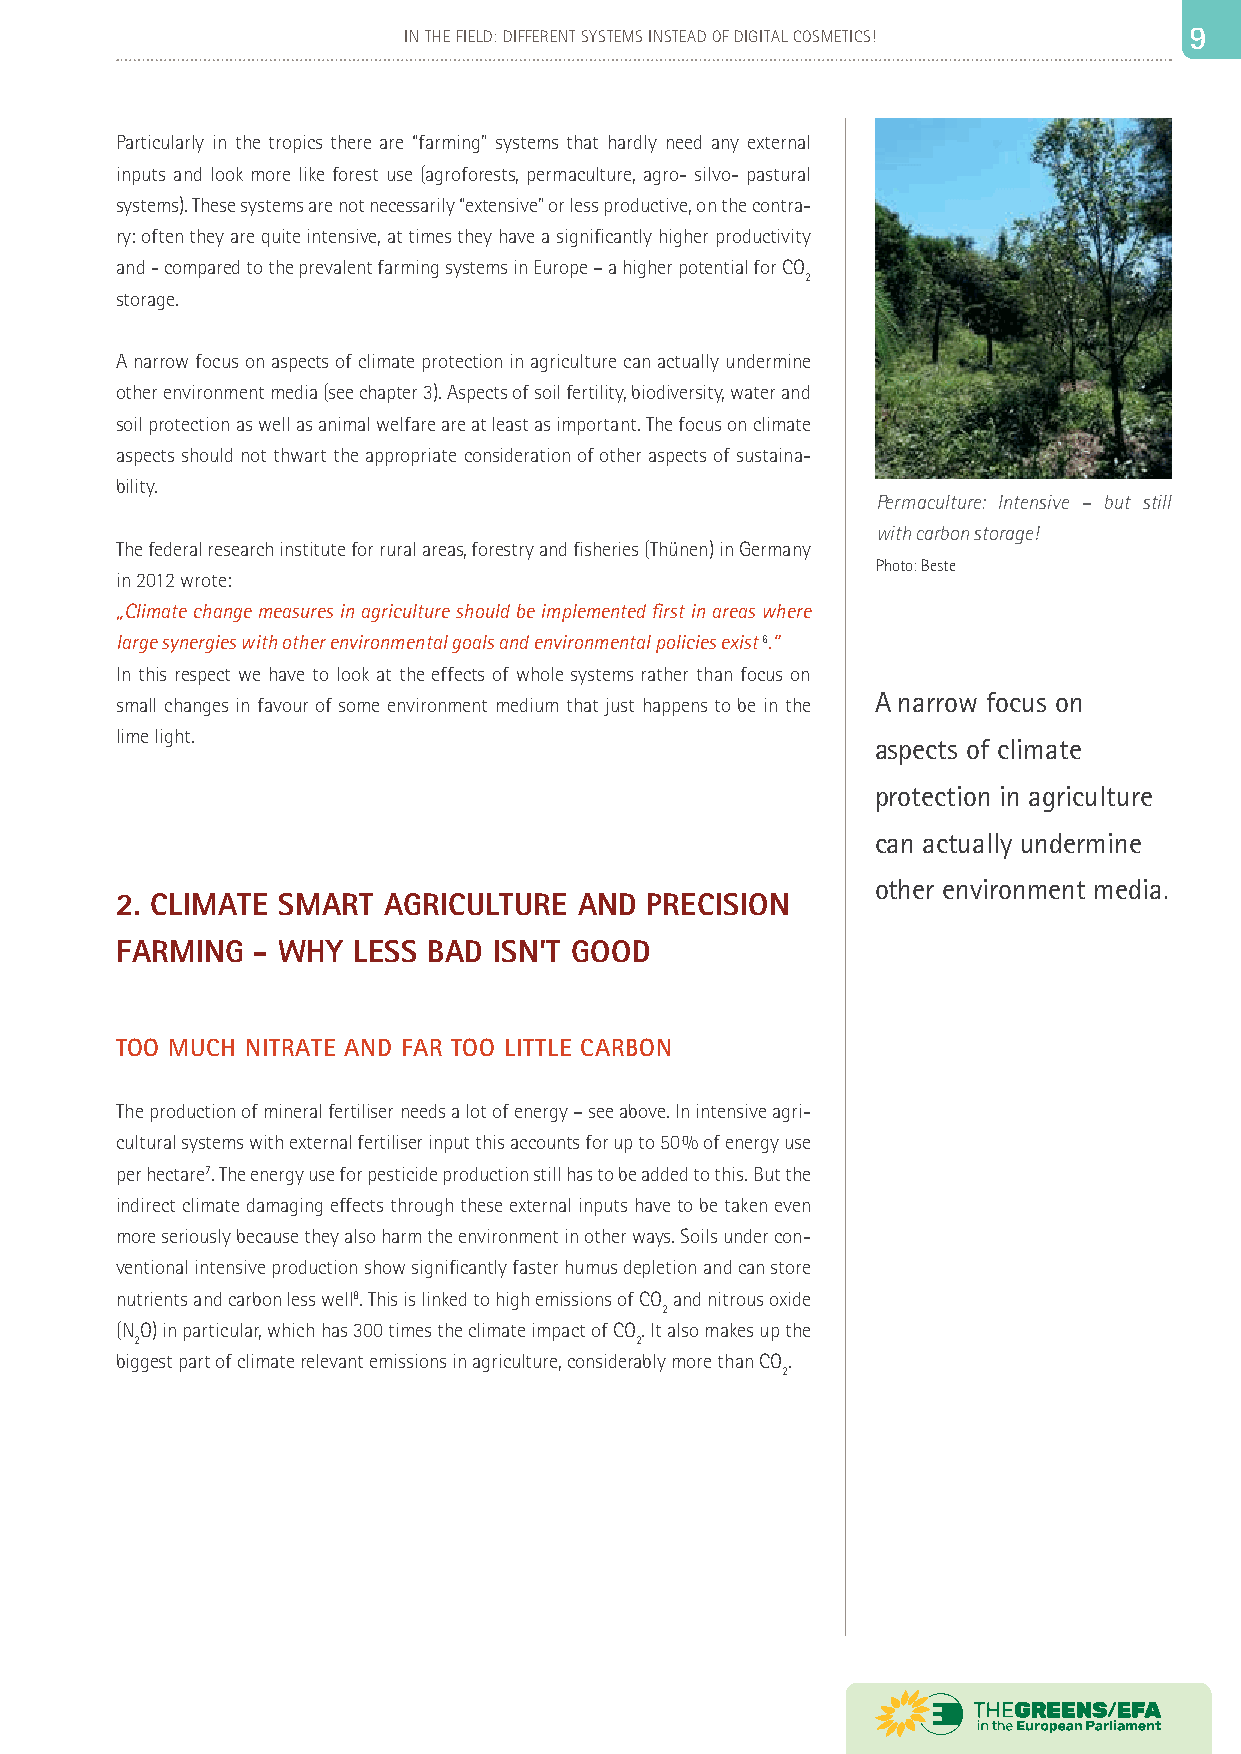
8                          IN THE FIELD: DIFFERENT SYSTEMS INSTEAD OF DIGITAL COSMETICS! 99
 Particularly in the tropics there are “farming” systems that hardly need any external
 inputs and look more like forest use (agroforests, permaculture, agro- silvo- pastural
 systems). These systems are not necessarily “extensive” or less productive, on the contra-
 ry: often they are quite intensive, at times they have a significantly higher productivity
 and - compared to the prevalent farming systems in Europe – a higher potential for CO
 2
 storage.
 A narrow focus on aspects of climate protection in agriculture can actually undermine
 other environment media (see chapter 3). Aspects of soil fertility, biodiversity, water and
 soil protection as well as animal welfare are at least as important. The focus on climate
 aspects should not thwart the appropriate consideration of other aspects of sustaina-
 bility.
 Permaculture: Intensive – but still
 with carbon storage!
 The federal research institute for rural areas, forestry and fisheries (Thünen) in Germany
 Photo: Beste
 in 2012 wrote:
 „Climate change measures in agriculture should be implemented first in areas where
 large synergies with other environmental goals and environmental policies exist 6.“
 In this respect we have to look at the effects of whole systems rather than focus on
 A narrow focus on
 small changes in favour of some environment medium that just happens to be in the
 lime light.
 aspects of climate
 protection in agriculture
 can actually undermine
 other environment media.
 2. CLIMATE SMART AGRICULTURE  AND  PRECISION
 FARMING  - WHY LESS BAD  ISN’T GOOD
 TOO MUCH NITRATE AND FAR TOO LITTLE CARBON
 The production of mineral fertiliser needs a lot of energy – see above. In intensive agri-
 cultural systems with external fertiliser input this accounts for up to 50 % of energy use
 per hectare7. The energy use for pesticide production still has to be added to this. But the
 indirect climate damaging effects through these external inputs have to be taken even
 more seriously because they also harm the environment in other ways. Soils under con-
 ventional intensive production show significantly faster humus depletion and can store
 nutrients and carbon less well8. This is linked to high emissions of CO and nitrous oxide
 2
 (NO) in particular, which has 300 times the climate impact of CO. It also makes up the
 2                                2
 biggest part of climate relevant emissions in agriculture, considerably more than CO.
 2